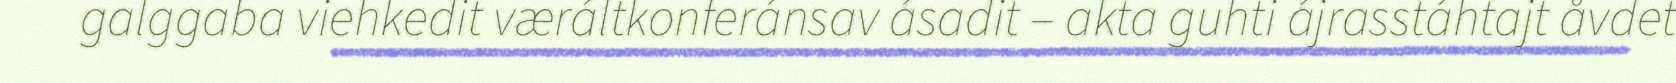
galggaba viehkedit væráltkonferánsav ásadit – akta guhti ájrasstáhtajt åvdet